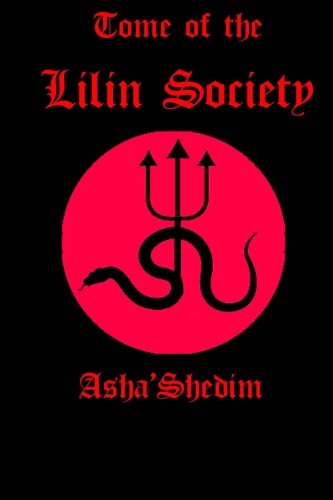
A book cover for Tome of the Lilin Society; Asha Shedim; Religion & Spirituality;